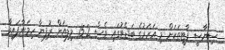
ސިޔާސީ ޕާޓީތަކަށް މި އަހަރުގެ ބަޖެޓުގައި ވެސް 15.2 މިލިއަން ރުފިޔާ ހިމަނާފައިވާ